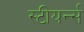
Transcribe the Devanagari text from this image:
स्टीयर्न्स